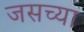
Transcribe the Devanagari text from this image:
जसच्या